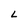
Character: L